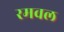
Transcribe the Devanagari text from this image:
रमवल